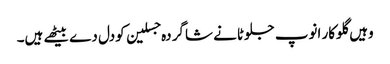
وہیں گلوکار انوپ جلوٹانے شاگر دہ جسلین کودل دے بیٹھے ہیں۔